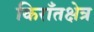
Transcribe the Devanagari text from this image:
किराँतक्षेत्र